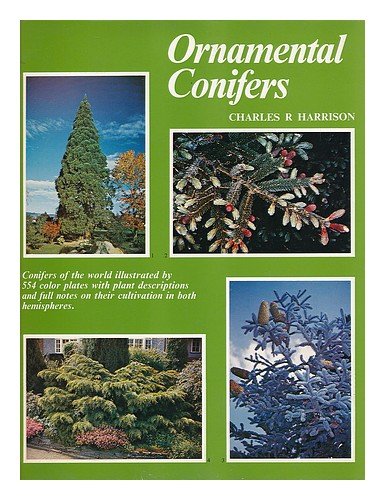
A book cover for Ornamental Conifers; Charles R. Harrison; Crafts, Hobbies & Home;